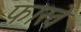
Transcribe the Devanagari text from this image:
फारवे